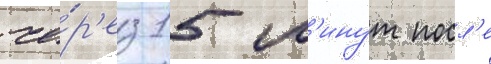
че́р'ез 15 м'инут посл'е